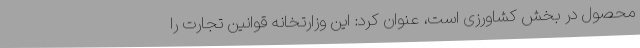
محصول در بخش کشاورزی است، عنوان کرد: این وزارتخانه قوانین تجارت را